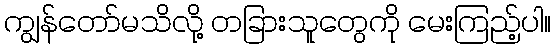
ကျွန်တော်မသိလို့ တခြားသူတွေကို မေးကြည့်ပါ။